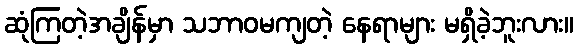
ဆုံကြတဲ့အချိန်မှာ သဘာဝမကျတဲ့ နေရာများ မရှိခဲ့ဘူးလား။